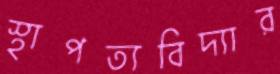
স্থাপত্যবিদ্যার